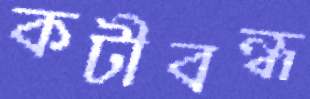
কটীবন্ধ